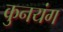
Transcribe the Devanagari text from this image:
कुनयंग